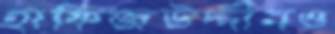
হাফিজউদ্দীনও